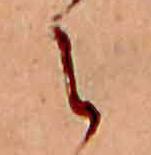
え